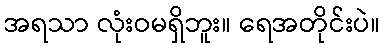
အရသာ လုံးဝမရှိဘူး။ ရေအတိုင်းပဲ။